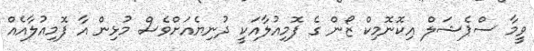
ވީމާ ސްޕެޝަލް އިކޮނޮމިކް ޒޯން ގެ ފޮމިއުލާއަކީ ދުނިޔެއަށްވެސް މުޅިން އާ ފޮމިއުލާއެއް